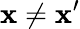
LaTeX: \mathbf{x}\neq\mathbf{x}^{\prime}